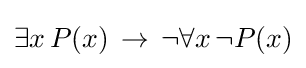
\exists x\,P(x)\,\to \,\neg \forall x\,\neg P(x)